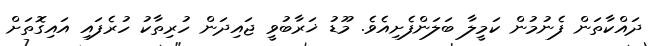
ދައްކާތަން ފެނުމުން ކަމީލާ ބަލަންފެށިއެވެ. މޫޑު ޚަރާބުވީ ޖައިދަން ހުރިތާކު ހުރެފައި އައިގޮތަށް